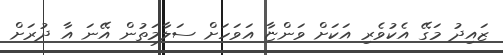
ޒައިދު މަގޭ އެކުވެރި އަކަށް ވަންޏާ އަވަހަށް ސަލާމަތުން އޭނަ އާ ދުރަށް